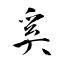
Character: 奚